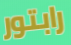
رابتور